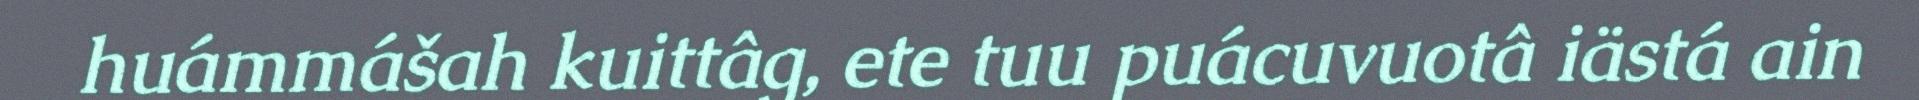
huámmášah kuittâg, ete tuu puácuvuotâ iästá ain